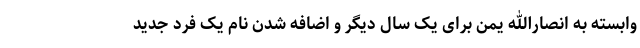
وابسته به انصارالله یمن برای یک سال دیگر و اضافه شدن نام یک فرد جدید